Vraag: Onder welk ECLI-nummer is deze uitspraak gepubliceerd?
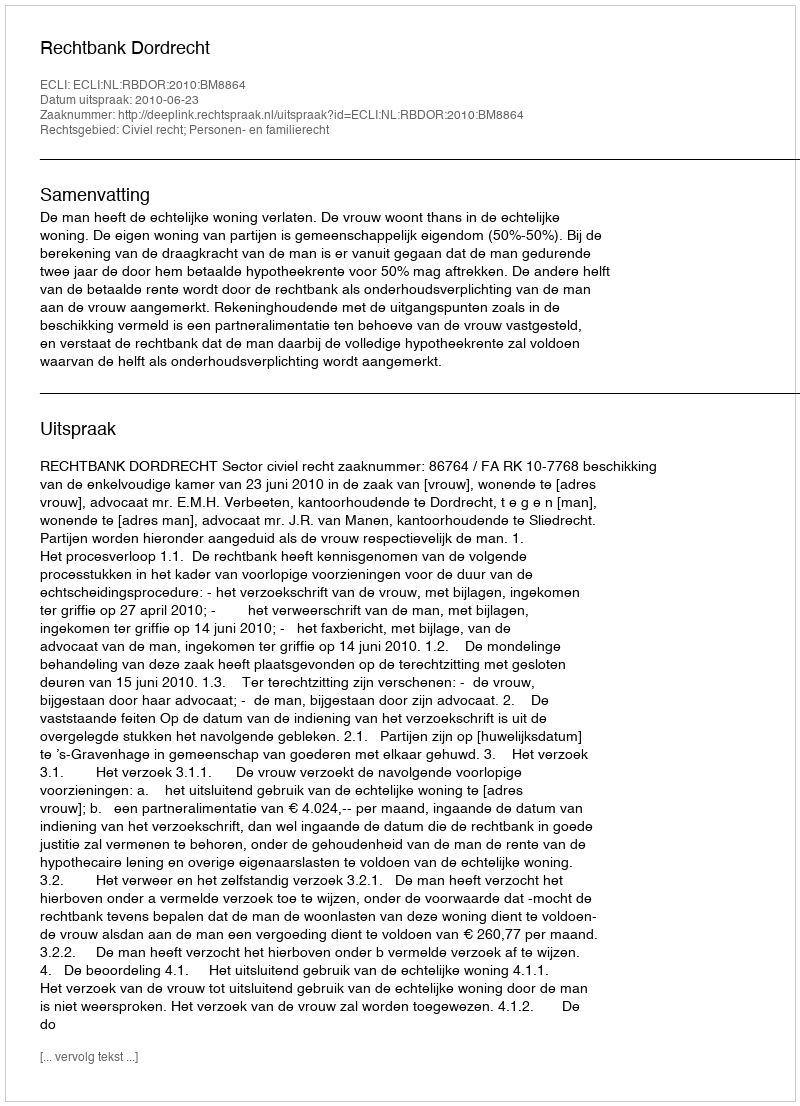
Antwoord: ECLI:NL:RBDOR:2010:BM8864